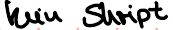
kein Skript